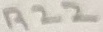
Text: R22